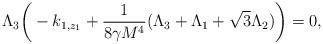
LaTeX: \begin{align*}\Lambda_3\bigg(-k_{1,z_1}+\frac{1}{8\gamma M^4}(\Lambda_3+\Lambda_1+\sqrt{3}\Lambda_2)\bigg)=0,\end{align*}